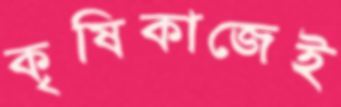
কৃষিকাজেই